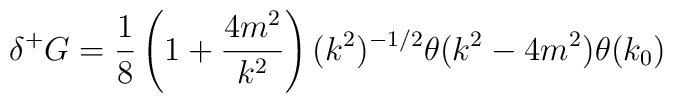
\delta^+G=\frac{1}{8}\left( 1+\frac{4m^2}{k^2}\right) (k^2)^{-1/2}\theta (k^2-4m^2) \theta (k_0)